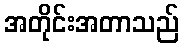
အတိုင်းအတာသည်